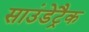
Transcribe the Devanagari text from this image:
साउंडेट्रैक